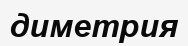
диметрия